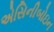
એસિનીબોઇન